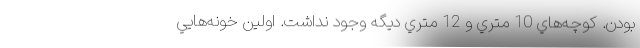
بودن. كوچه‌هاي 10 متري و 12 متري ديگه وجود نداشت. اولين خونه‌هايي